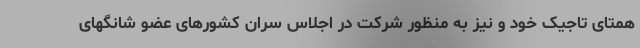
همتای تاجیک خود و نیز به منظور شرکت در اجلاس سران کشورهای عضو شانگهای